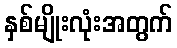
နှစ်မျိုးလုံးအတွက်